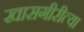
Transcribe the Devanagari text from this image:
खासगीरीत्या